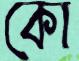
কো